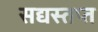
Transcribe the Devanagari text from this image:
सद्यस्तप्त